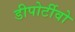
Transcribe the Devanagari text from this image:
डीपोर्टीवो